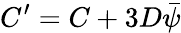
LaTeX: C^{\prime}=C+3D\bar{\psi}